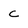
Character: c